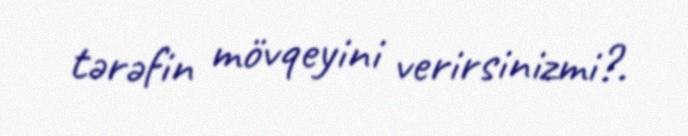
tərəfin mövqeyini verirsinizmi?.